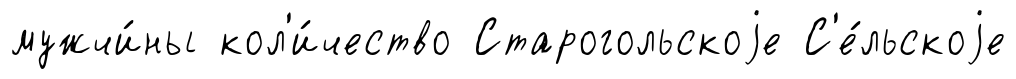
мужчи́ны кол'и́чество Старогольскоjе С'е́льскоjе